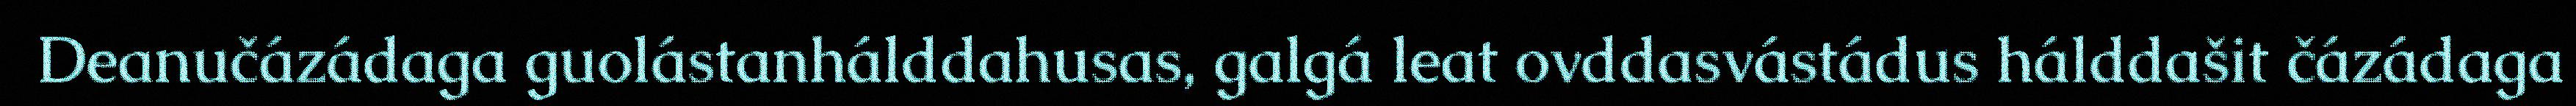
Deanučázádaga guolástanhálddahusas, galgá leat ovddasvástádus hálddašit čázádaga